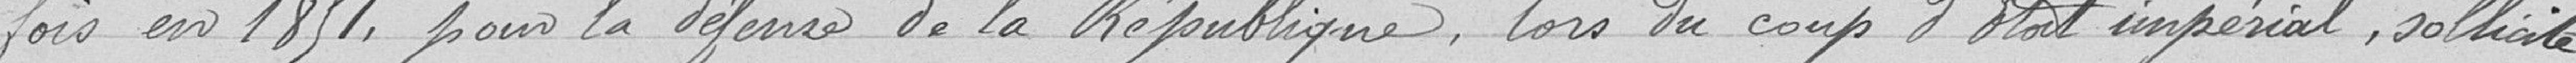
fois en 1851 pour la défense de la République, lors du coup d’État impérial, sollicite